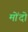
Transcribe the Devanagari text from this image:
मोंदो